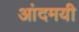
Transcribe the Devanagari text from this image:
आंदमयी